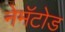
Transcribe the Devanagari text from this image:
नेमॅटोड